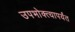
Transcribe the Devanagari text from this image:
उपभोक्त्यापर्यंत